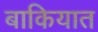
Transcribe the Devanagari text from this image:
बाकियात